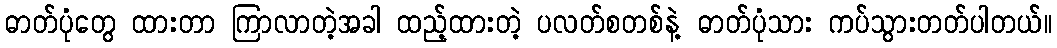
ဓာတ်ပုံတွေ ထားတာ ကြာလာတဲ့အခါ ထည့်ထားတဲ့ ပလတ်စတစ်နဲ့ ဓာတ်ပုံသား ကပ်သွားတတ်ပါတယ်။